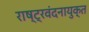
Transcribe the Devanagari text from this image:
राष्ट्रवंदनायुक्त